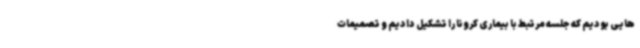
هایی بودیم که جلسه مرتبط با بیماری کرونا را تشکیل دادیم و تصمیمات